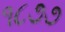
૧૮૭૭